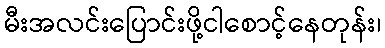
မီးအလင်းပြောင်းဖို့ငါစောင့်နေတုန်း၊